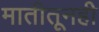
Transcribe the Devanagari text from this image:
मातीतूनही